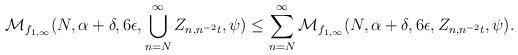
LaTeX: \begin{align*}\mathcal{M}_{f_{1,\infty}}(N,\alpha+\delta,6\epsilon,\bigcup_{n=N}^{\infty}Z_{n,n^{-2}t},\psi)\leq\sum_{n=N}^{\infty}\mathcal{M}_{f_{1,\infty}}(N,\alpha+\delta,6\epsilon,Z_{n,n^{-2}t},\psi).\end{align*}